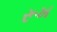
રૂખ